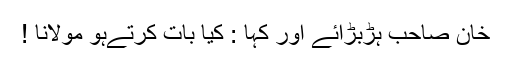
خان صاحب ہڑبڑائے اور کہا : کیا بات کرتےہو مولانا !